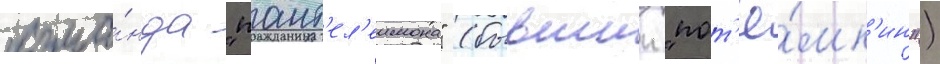
кома́нда "пант'ел'еимона" (бывшии "пот'ё́мк'ин")